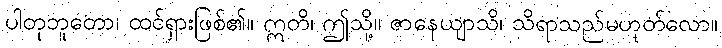
ပါတုဘူတော၊ ထင်ရှားဖြစ်၏။ ဣတိ၊ ဤသို့။ ဇာနေယျာသိ၊ သိရာသည်မဟုတ်လော။